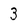
Character: 3